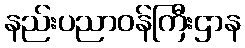
နည်းပညာဝန်ကြီးဌာန